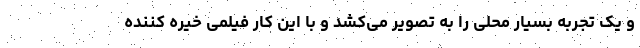
و یک تجربه بسیار محلی را به تصویر می‌کشد و با این کار فیلمی خیره کننده